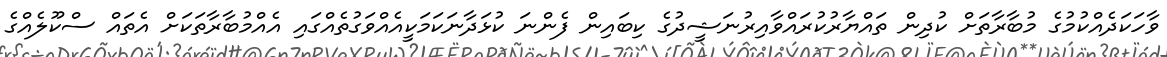
ވާހަކަދެއްކުމުގެ މުބާރާތަށް ކުދިން ތައްޔާރުކުރައްވާއިރުނަޝީދުގެ ކިބައިން ފެންނަ ކުޅަދާނަކަމަކީއެއްވަގުތެއްގައި އެއްމުބާރާތަކަށް އެތައް ސްކޫލެއްގެ